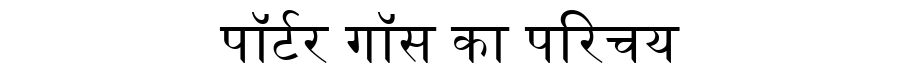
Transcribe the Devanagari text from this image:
पॉर्टर गॉस का परिचय